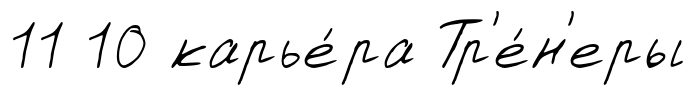
11 10 карье́ра Тр'е́н'еры